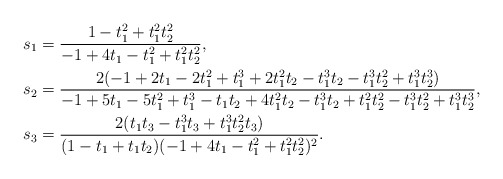
\begin{align*}s_1&=\frac{1-t_1^2+t_1^2t_2^2}{-1+4t_1-t_1^2+t_1^2t_2^2},\\s_2&=\frac{2(-1+2t_1-2t_1^2+t_1^3+2t_1^2t_2-t_1^3t_2-t_1^3t_2^2+t_1^3t_2^3)}{-1+5t_1-5t_1^2+t_1^3-t_1t_2+4t_1^2t_2-t_1^3t_2+t_1^2t_2^2-t_1^3t_2^2+t_1^3t_2^3},\\s_3&=\frac{2(t_1t_3-t_1^3t_3+t_1^3t_2^2t_3)}{(1-t_1+t_1t_2)(-1+4t_1-t_1^2+t_1^2t_2^2)^2}.\end{align*}